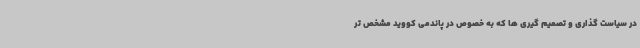
در سیاست گذاری و تصمیم گیری ها که به خصوص در پاندمی کووید مشخص تر